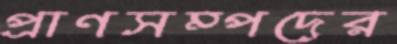
প্রাণসম্পদের